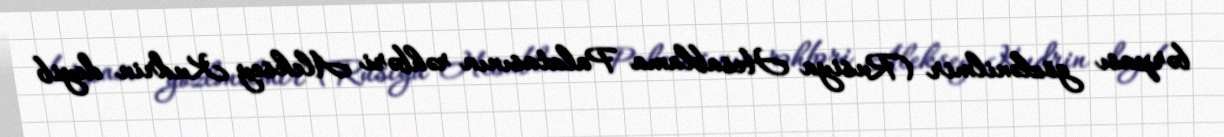
bərpası gözlənilmir (Rusiya Hesablama Palatasının rəhbəri Aleksey Kudrin deyib